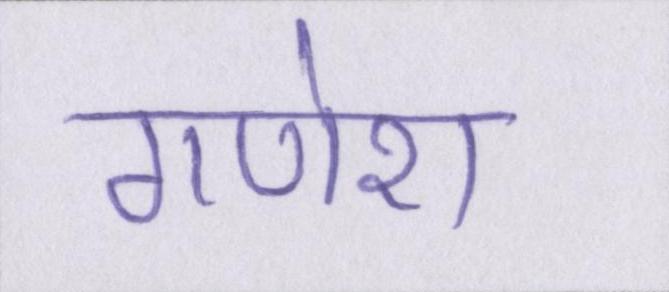
गणेश